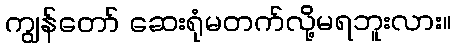
ကျွန်တော် ဆေးရုံမတက်လို့မရဘူးလား။